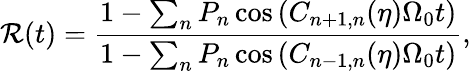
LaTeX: \mathcal{R}(t)=\frac{{1-\sum_{n}P_{n}\cos{\left(C_{n+1,n}(\eta)\Omega_{0}t\right)}}}{{1-\sum_{n}P_{n}\cos{\left(C_{n-1,n}(\eta)\Omega_{0}t\right)}}},